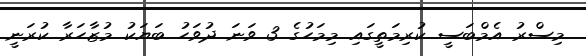
މިސްރު އެމްބަސީ ކުރިމަތީގައި މިމަހުގެ 3 ވަނަ ދުވަހު ބަޔަކު މުޒާހަރާ ކުރަނީ